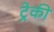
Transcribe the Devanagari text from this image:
ट्रेकी